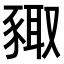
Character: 𧱛